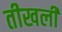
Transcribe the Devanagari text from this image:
तीखली